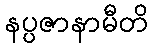
နပ္ပဇာနာမီတိ